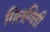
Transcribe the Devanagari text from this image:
गिलगिती